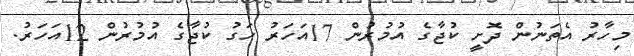
މިހާރު އެތަނުން ދޮށީ ކުޖާގެ އުމުރުން 17އަހަރު ހަގު ކުޖާގެ އުމުރުން 12އަހަރު.